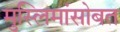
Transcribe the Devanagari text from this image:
मुस्लिमांसोबत